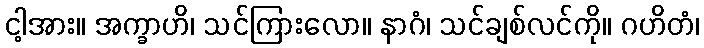
ငါ့အား။ အက္ခာဟိ၊ သင်ကြားလော။ နာဂံ၊ သင်ချစ်လင်ကို။ ဂဟိတံ၊